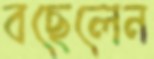
বছেলেন